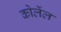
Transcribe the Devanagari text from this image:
कोलेंल